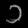
Digit: ၁